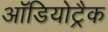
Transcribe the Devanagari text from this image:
ऑडियोट्रैक